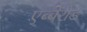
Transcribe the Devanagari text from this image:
एब्बेरोड